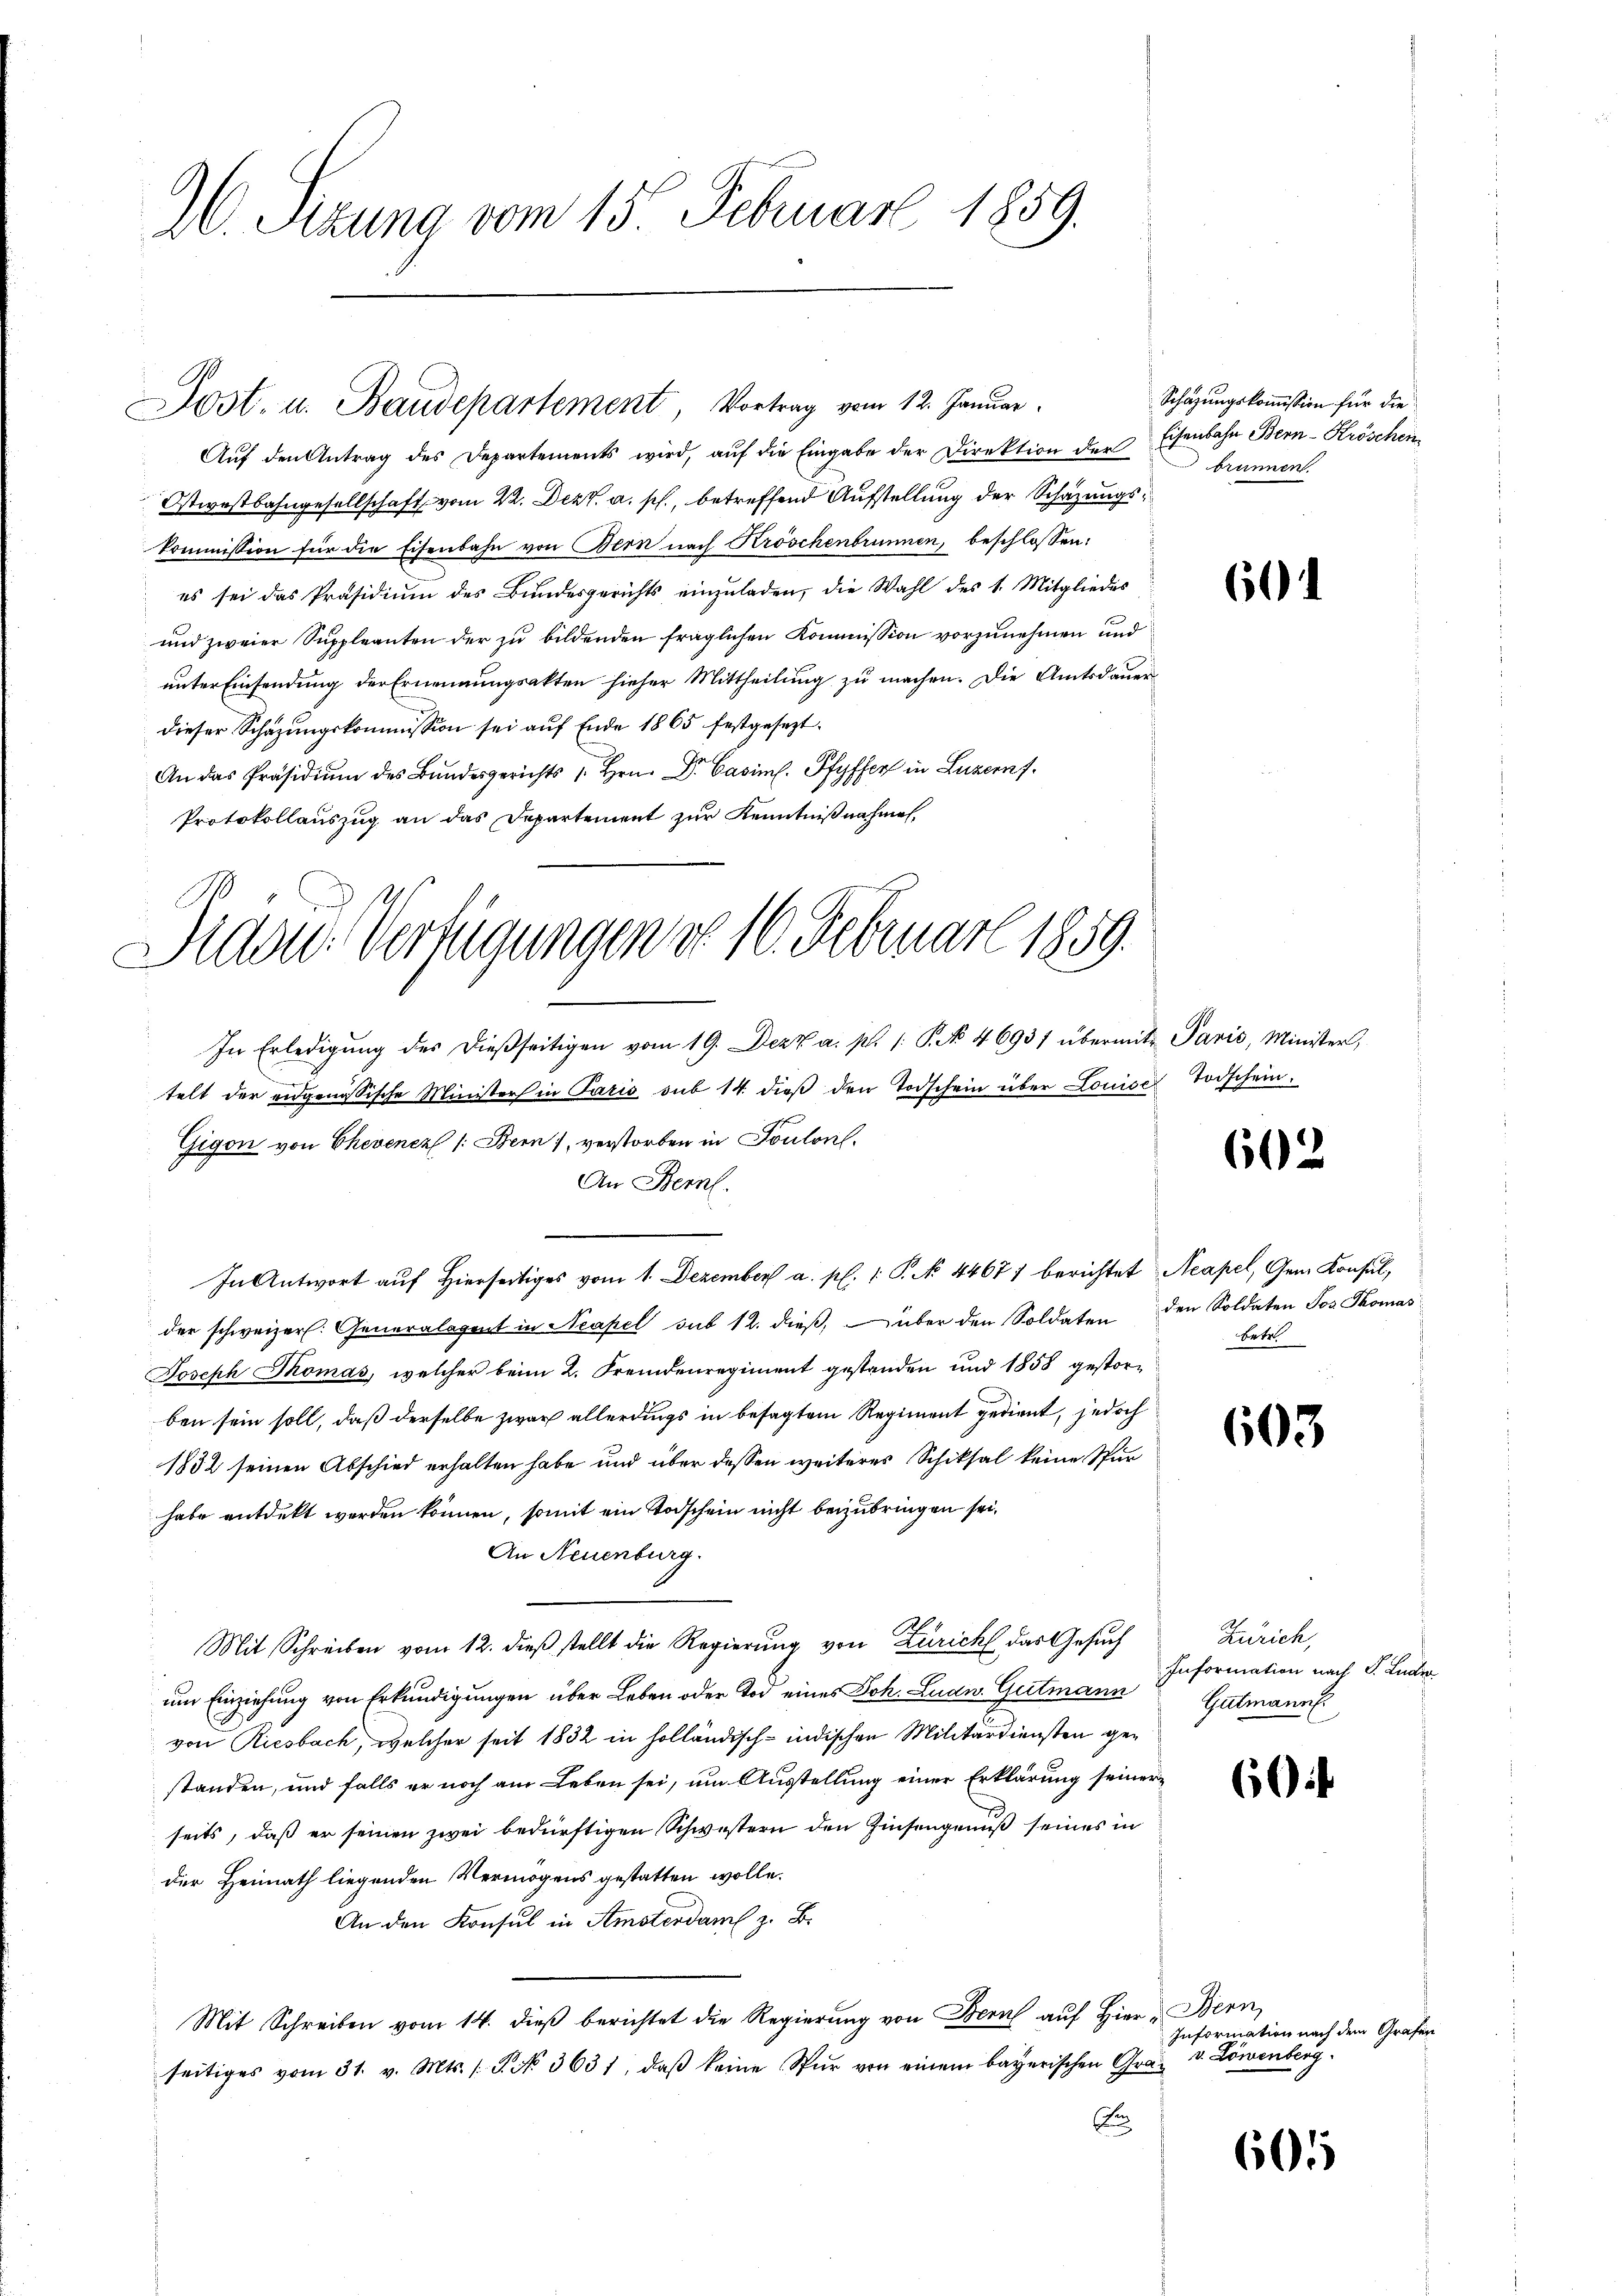
2. Sizung vom 15. Februar 1889.

Post- u. Baudepartement, Vortrag vom 12. Januar

Sidou. Verfügungen do 16. Februar 1859.
In Erledigŭng der dieβseitigen vom 19. Dezz a. p. /: P. No 4693/ übermit Paris, Minister,
telt der eidgenössische Minister in Paris sub 14. dieß den Todschein über Louise Todschein.

Aŭf den Antrag des Departements wird, aŭf die Eingabe der Direktion der Eisenbahn Bern-Kröschen
Ostwestbahngesellschaft vom 22. Dezt. a. p., betreffend Aufstellung der Schazungskommission für die Eisenbahn von Bern nach Kröschenbrunnen, beschlossen:
es sei das Präsidium des Bundesgerichts einzŭladen, die Wahl des 1. Mitgliedes
und zweier Suppleanten der zu bildenden fraglichen Kommission vorzunehmen und
unter Einsendung der Ernennungsakten hieher Mittheilung zu machen. Die Amtsdauerdieser Schazungskommission sei auf Ende 1865 festgesezt
An das Präsidiŭm des Bundesgerichts s. Hrn. Dr. Casiml. Pfyffer in Luzern.
Protokollauszug an das Departement zur Kenntnißnahmen,

Schazungskommission für die
brunnen.

Gigon von Chevenez /: Bern, verstorben in Toulonl.
An Bern.
In Antwort auf Hierseitiges vom 1. Dezember a. p. 1. P. No. 4467) berichtet Aeapel, Gem. Konsul,
der schweizer. Generalagent in Neapel sub 12. dieß, über den Soldaten den Soldaten Jos Thomas
Joseph Thomas, welcher beim 2. Fremdenregiment gestanden und 1858 gestorben sein soll, daß derselbe zwar allerdings in besagtem Regiment gedient, jedoch
1832 seinen Abschied erhalten habe und über dessen weiteres Schiksal keine Stur
habe entdeckt werden können, somit ein Todschein nicht beizubringen sei.
An Neuenburg.
Mit Schreiben vom 12. dieβ stellt die Regierŭng von Zürich das Gesuch
um Einziehung von Erkundigungen über Leben oder Tod eines Joh. Ludw. Gutmann
von Riesbach, welcher seit 1832 in holländisch-indischen Militärdiensten gestanden, und falls er noch am Leben sei, um Ausstellung einer Erklärung seiner
seits, daß er seinen zwei bedürftigen Schwestern den Zinsengenuß seines in
der Heimath liegenden Vermögens gestatten wolle.
An den Konsul in Amsterdam z. B.
Mit Schreiben vom 14. dieß berichtet die Regierung von Bern auf Hier „Bern,
seitiges vom 31. v. Mts. (T. No 3631, daβ keine Spur von einem bayerischen Graxx

601

602

Betr

603

Zürich,
Information nach P. Luder
Gutmann

60

Information nach dem Grafen
v. Löwenberg.

601